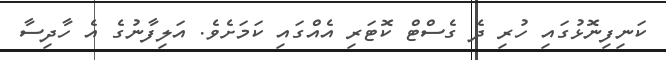
ކަނިފިނޮޅުގައި ހުރި ދެ ގެސްޓް ކޮޓަރި އެއްގައި ކަމަށެވެ. އަލިފާނުގެ އެ ހާދިސާ